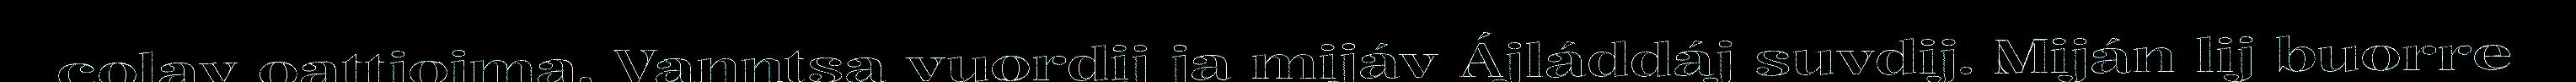
colav oattjojma. Vanntsa vuordij ja mijáv Ájláddáj suvdij. Miján lij buorre